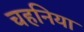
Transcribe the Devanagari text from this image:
चहनिया